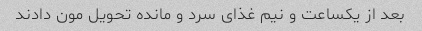
بعد از یکساعت و نیم غذای سرد و مانده تحویل مون دادند